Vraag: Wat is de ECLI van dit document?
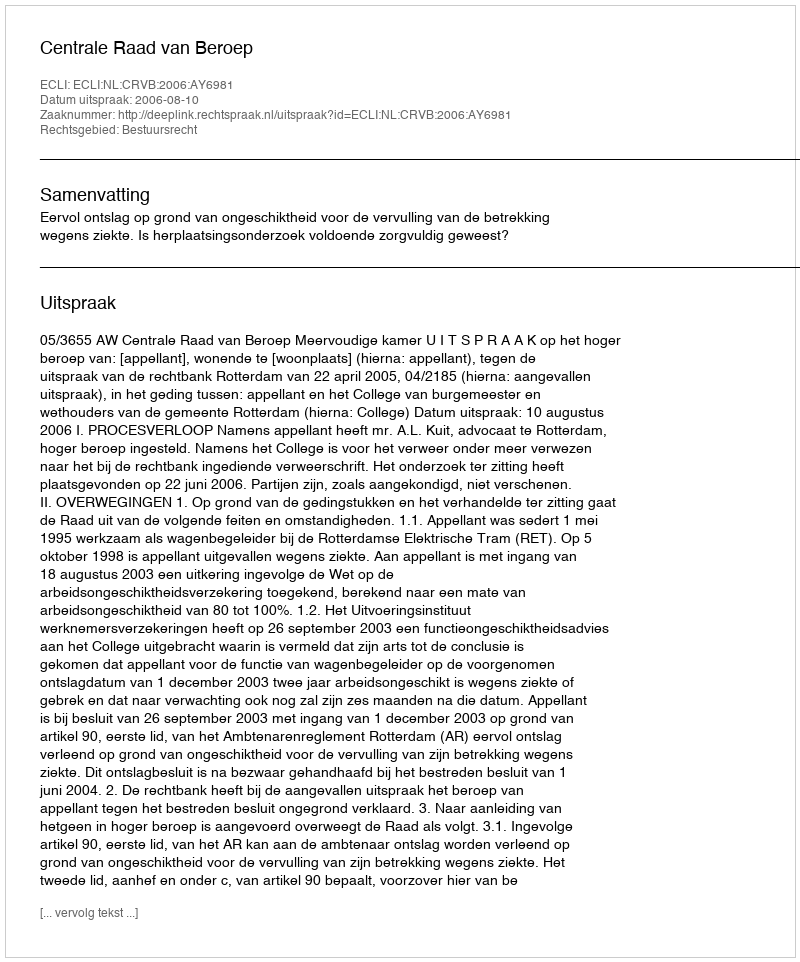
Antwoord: ECLI:NL:CRVB:2006:AY6981